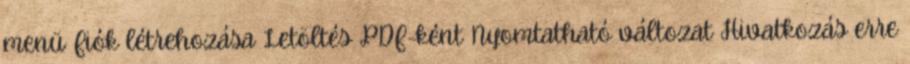
menü Fiók létrehozása Letöltés PDF-ként Nyomtatható változat Hivatkozás erre